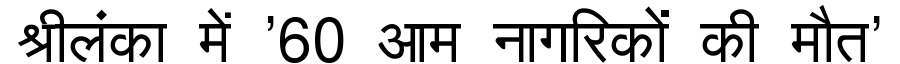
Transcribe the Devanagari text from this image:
श्रीलंका में '60 आम नागरिकों की मौत'